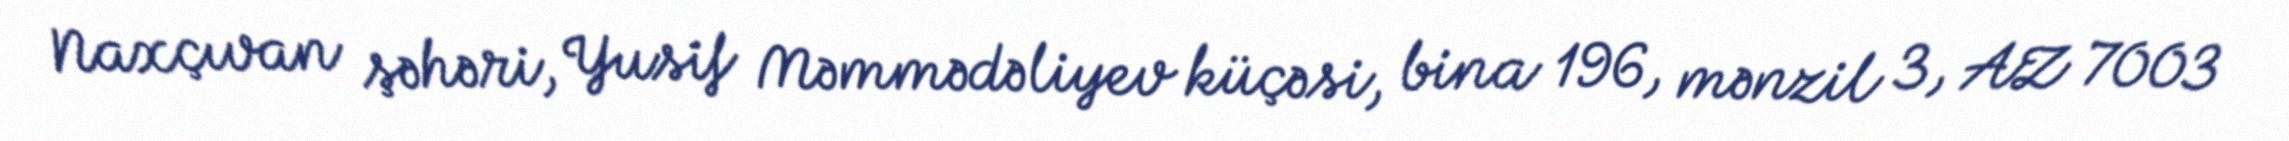
Naxçıvan şəhəri, Yusif Məmmədəliyev küçəsi, bina 196, mənzil 3, AZ 7003